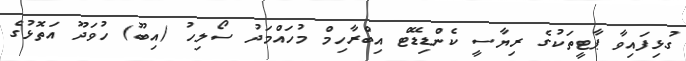
ގުޅިފައިވާ ޕާޓީތަކުގެ ރިޔާސީ ކެންޑިޑޭޓް އިބްރާހިމް މުހައްމަދު ސޯލިހު (އިބޫ) ހުވަދޫ އަތޮޅުގެ